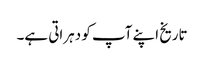
تاریخ اپنے آپ کو دہراتی ہے۔